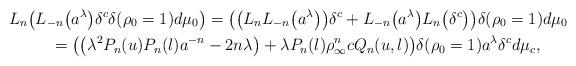
LaTeX: \begin{gather*}L_n\big(L_{-n}\big(a^{\lambda}\big)\delta^c \delta(\rho_0=1)d\mu_0 \big)=\big(\big(L_nL_{-n}\big(a^{\lambda}\big)\big)\delta^c +L_{-n}\big(a^{\lambda}\big)L_n\big(\delta^c\big)\big)\delta(\rho_0=1)d\mu_0\\\qquad{}=\big(\big(\lambda^2P_n(u)P_n(l)a^{-n}-2n\lambda\big)+\lambda P_n(l)\rho_{\infty}^ncQ_n(u,l)\big)\delta(\rho_0=1)a^{\lambda}\delta^cd\mu_c,\end{gather*}